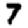
Digit: 7